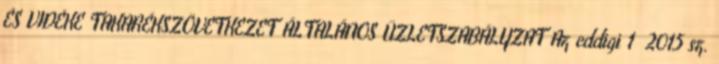
ÉS VIDÉKE TAKARÉKSZÖVETKEZET ÁLTALÁNOS ÜZLETSZABÁLYZAT Az eddigi 1 2015 sz.